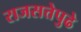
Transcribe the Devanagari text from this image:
राजसत्तेपुढे